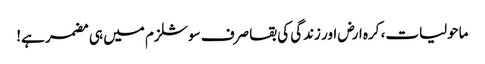
ماحولیات، کرہ ارض اور زندگی کی بقا صرف سوشلزم میں ہی مضمر ہے!